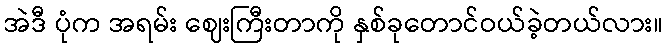
အဲဒီ ပုံက အရမ်း ဈေးကြီးတာကို နှစ်ခုတောင်ဝယ်ခဲ့တယ်လား။